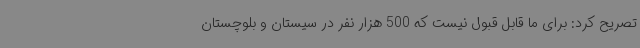
تصریح کرد: برای ما قابل قبول نیست که 500 هزار نفر در سیستان و بلوچستان